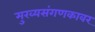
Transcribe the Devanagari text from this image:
मुख्यसंगणकावर